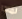
لماذا